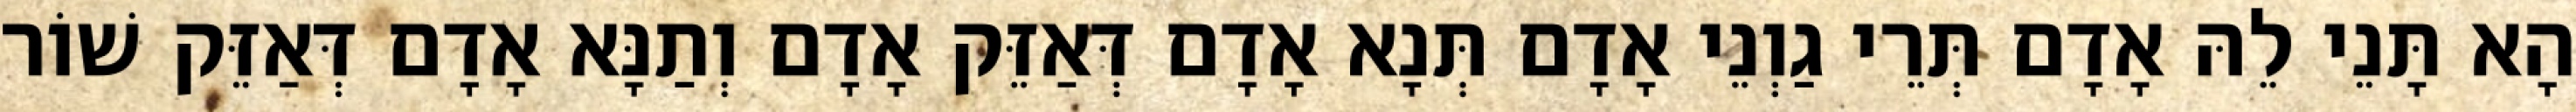
הָא תָּנֵי לֵהּ אָדָם תְּרֵי גַוְנֵי אָדָם תְּנָא אָדָם דְּאַזֵּק אָדָם וְתַנָּא אָדָם דְּאַזֵּק שׁוֹר